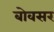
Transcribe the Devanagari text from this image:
बोवसर